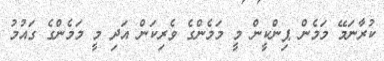
ކުރާނަމޭ މަމެން ޕިންކީން މީ މަމެންގެ ވެރިކަން އަދި މީ މަމެންގެ ގައުމު